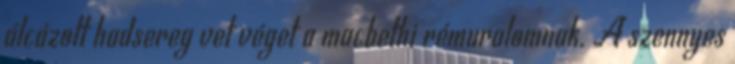
álcázott hadsereg vet véget a macbethi rémuralomnak. A szennyes